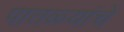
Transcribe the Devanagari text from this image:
पातळ्यांचे